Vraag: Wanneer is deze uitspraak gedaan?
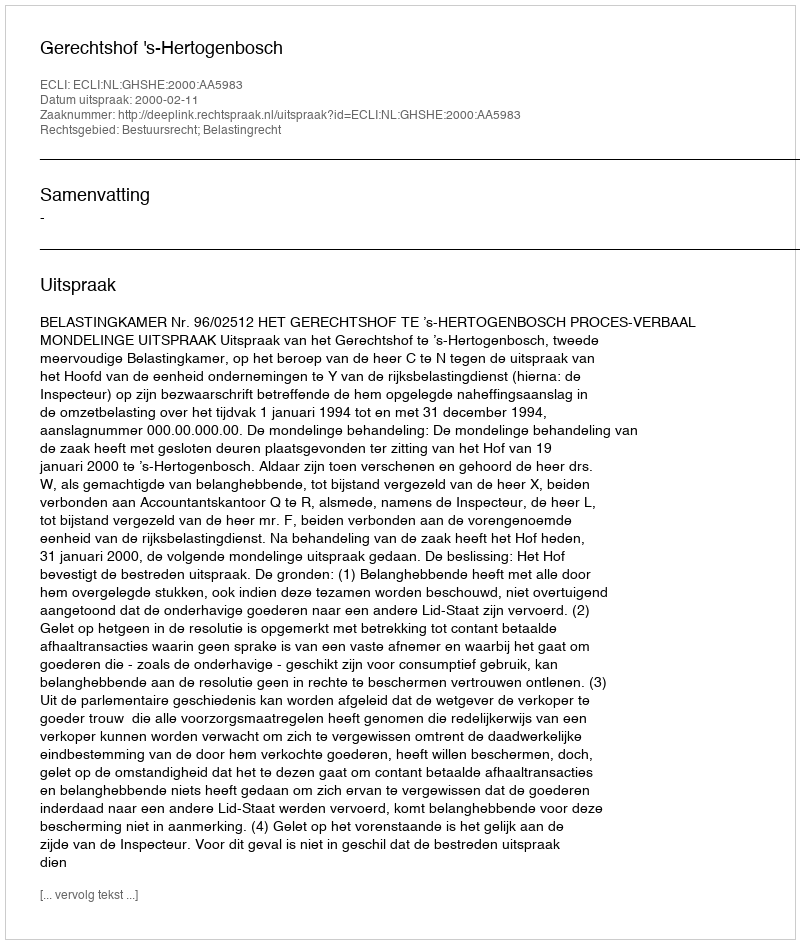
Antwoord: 2000-02-11